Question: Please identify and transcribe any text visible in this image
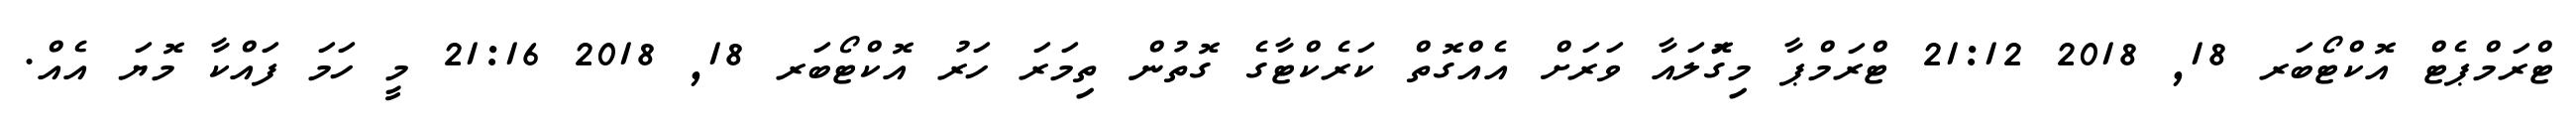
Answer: ޓްރަމްޕެޓް އޮކްޓޯބަރ 18, 2018 21:12 ޓްރަމްޕާ މިގޮަލައާ ވަރަށް އެއްގޮތް ކަރެކްޓާގެ ގޮތުން ތިމަރަ ހަރު އޮކްޓޯބަރ 18, 2018 21:16 މީ ހަމަ ފައްކާ މޮޔަ އެއް.